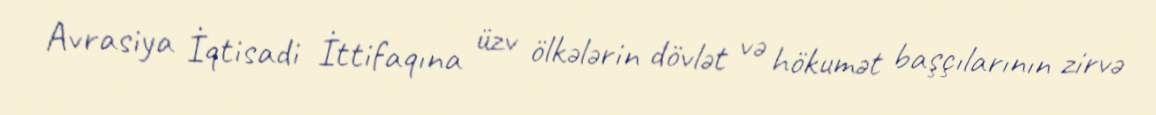
Avrasiya İqtisadi İttifaqına üzv ölkələrin dövlət və hökumət başçılarının zirvə